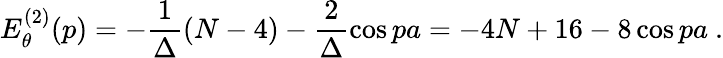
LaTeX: E_{\theta}^{(2)}(p)=-\frac{1}{\Delta}(N-4)-\frac{2}{\Delta}\cos pa=-4N+16-8\cos pa\ .